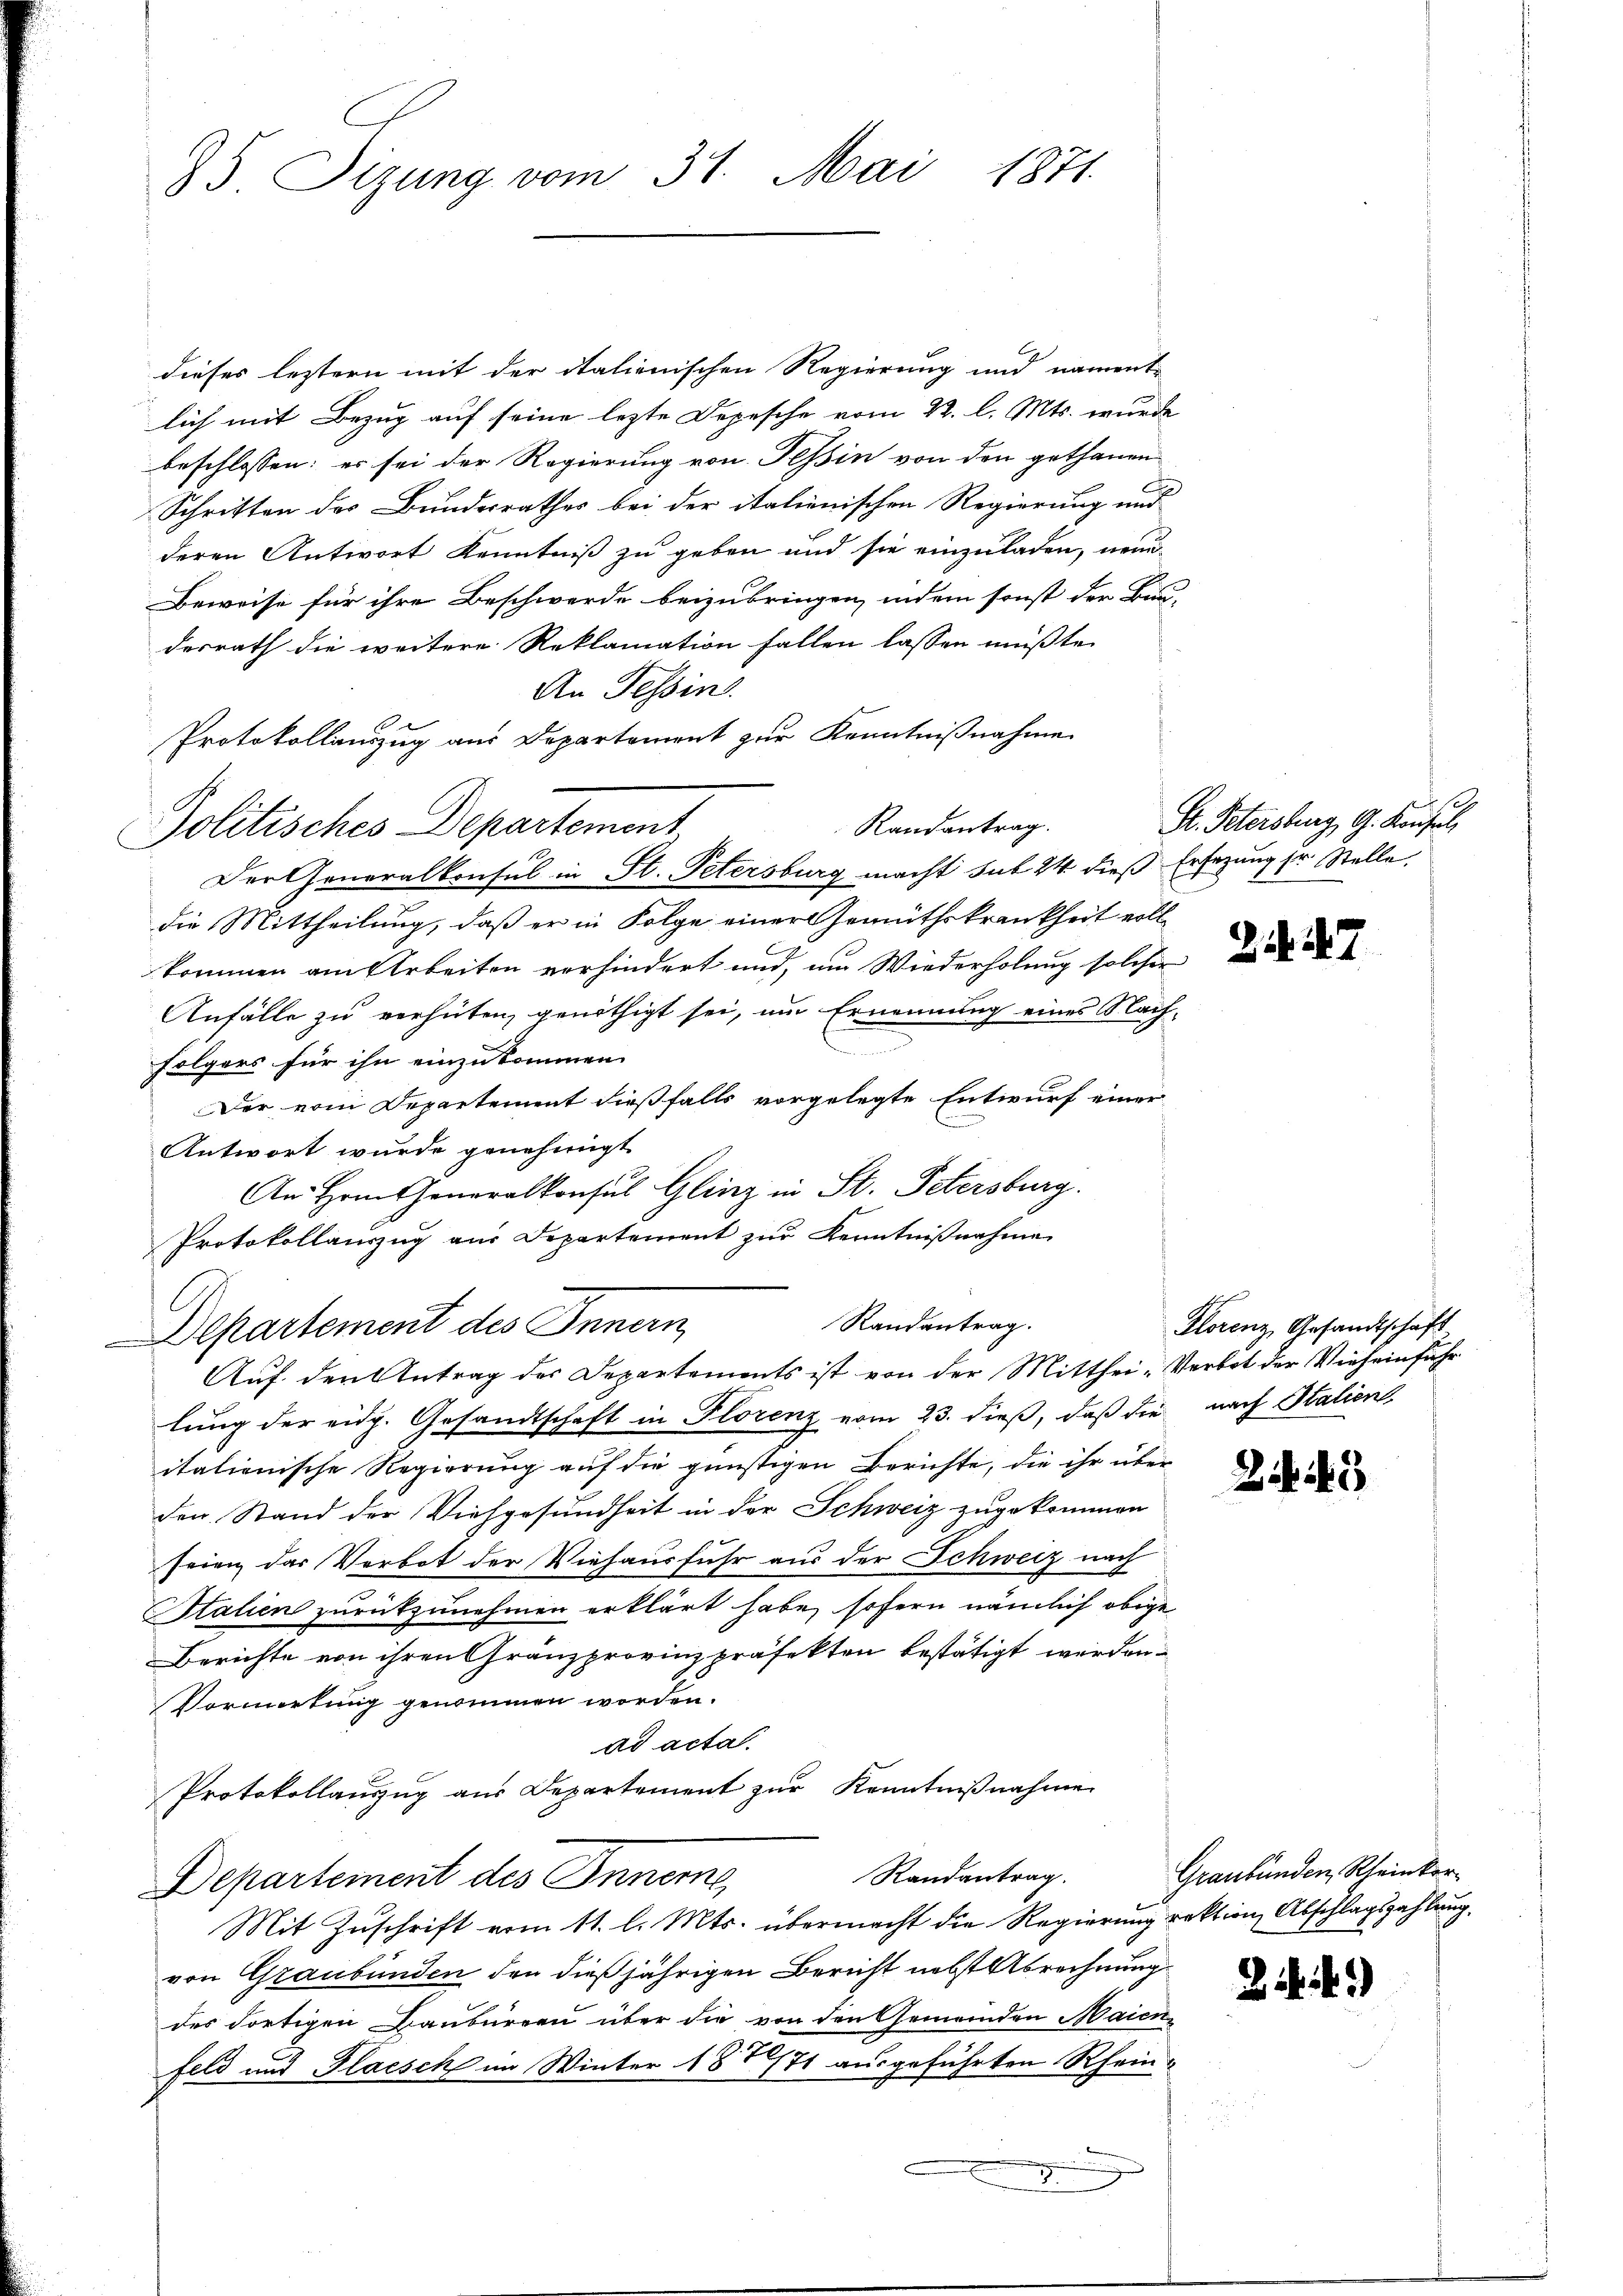
85. Sizung vom 31. Mai 1871.

dieses leztern mit der italienischen Regierung und nament-
lich mit Bezug auf seine lezte Depesche vom 22. l. Mts. wurde
beschlossen: es sei der Regierung von Tessin von den gethanen
Schritten des Bundesrathes bei der italienischen Regierung und
deren Antwort Kenntniß zu geben und sie einzuladen, neun-
Beweise für ihre Beschwerde beizubringen, indem sonst der Bau-
desrath die weitere Reklamation fallen lassen müßte.
An Tessins
Randantrag.
die Mittheilung, daß er in Folge einer Gemüthskrankheit vollkommen am Arbeiten verhindert und, um Wiederholung solcher
Anfälle zu verhüten, genöthigt sei, um Ernennung eines Nach-
.
folgers für ihn einzukommen.
Der vom Departement dießfalls vorgelegte Entwurf einer
Antwort wurde genehmigt
An Hrn. Generalkonsul Glinz in St. Petersburg.
Protokollauszug aus Departement zur Kenntnißnahme
Randantrag.
Departement des Innern,
Auf den Antrag des Departements ist von der Mitthei- Verbot der Vieheinfuhr
lung der eidg. Gesandtschaft in Florenz vom 23. dieß, daß die nach Italien
italienische Regierung auf die günstigen Berichte, die ihr über
den Stand der Viehgesundheit in der Schweiz zugekommen
seien das Verbot der Viehausfuhr aus der Schweiz nach
Italien zurückzunehmen erklärt habe, sofern nämlich obige
Berichte von ihren Gränzprovinz präfekten bestätigt werden.
Vormerkung genommen worden.
ad acta.
Protokollauszug aus Departement zur Kenntnißnahme
Randantrag.
Departement des Inneme
Mit Zuschrift vom 11. l. Mts. übermacht die Regierung rektion, Abschlagszahlung.
von Graubünden den dießjährigen Bericht nebst Abrechnung
des dortigen Baubureau über die von den Gemeinden Maien-
feld und Placsch im Winter 1872/71 ausgeführten Rhein-

Protokollenzug aus Departement zur Kenntnißnahme
Politisches Departement
Der Generalkonsul in St. Petersburg macht sub 24 dieß Ersezung sr. Stelle,

St. Petersburg, G. Konsul

2. 187

Florenz, Gesandtschaft

2 i

Graubünden, Rheinkor¬

i

e

)